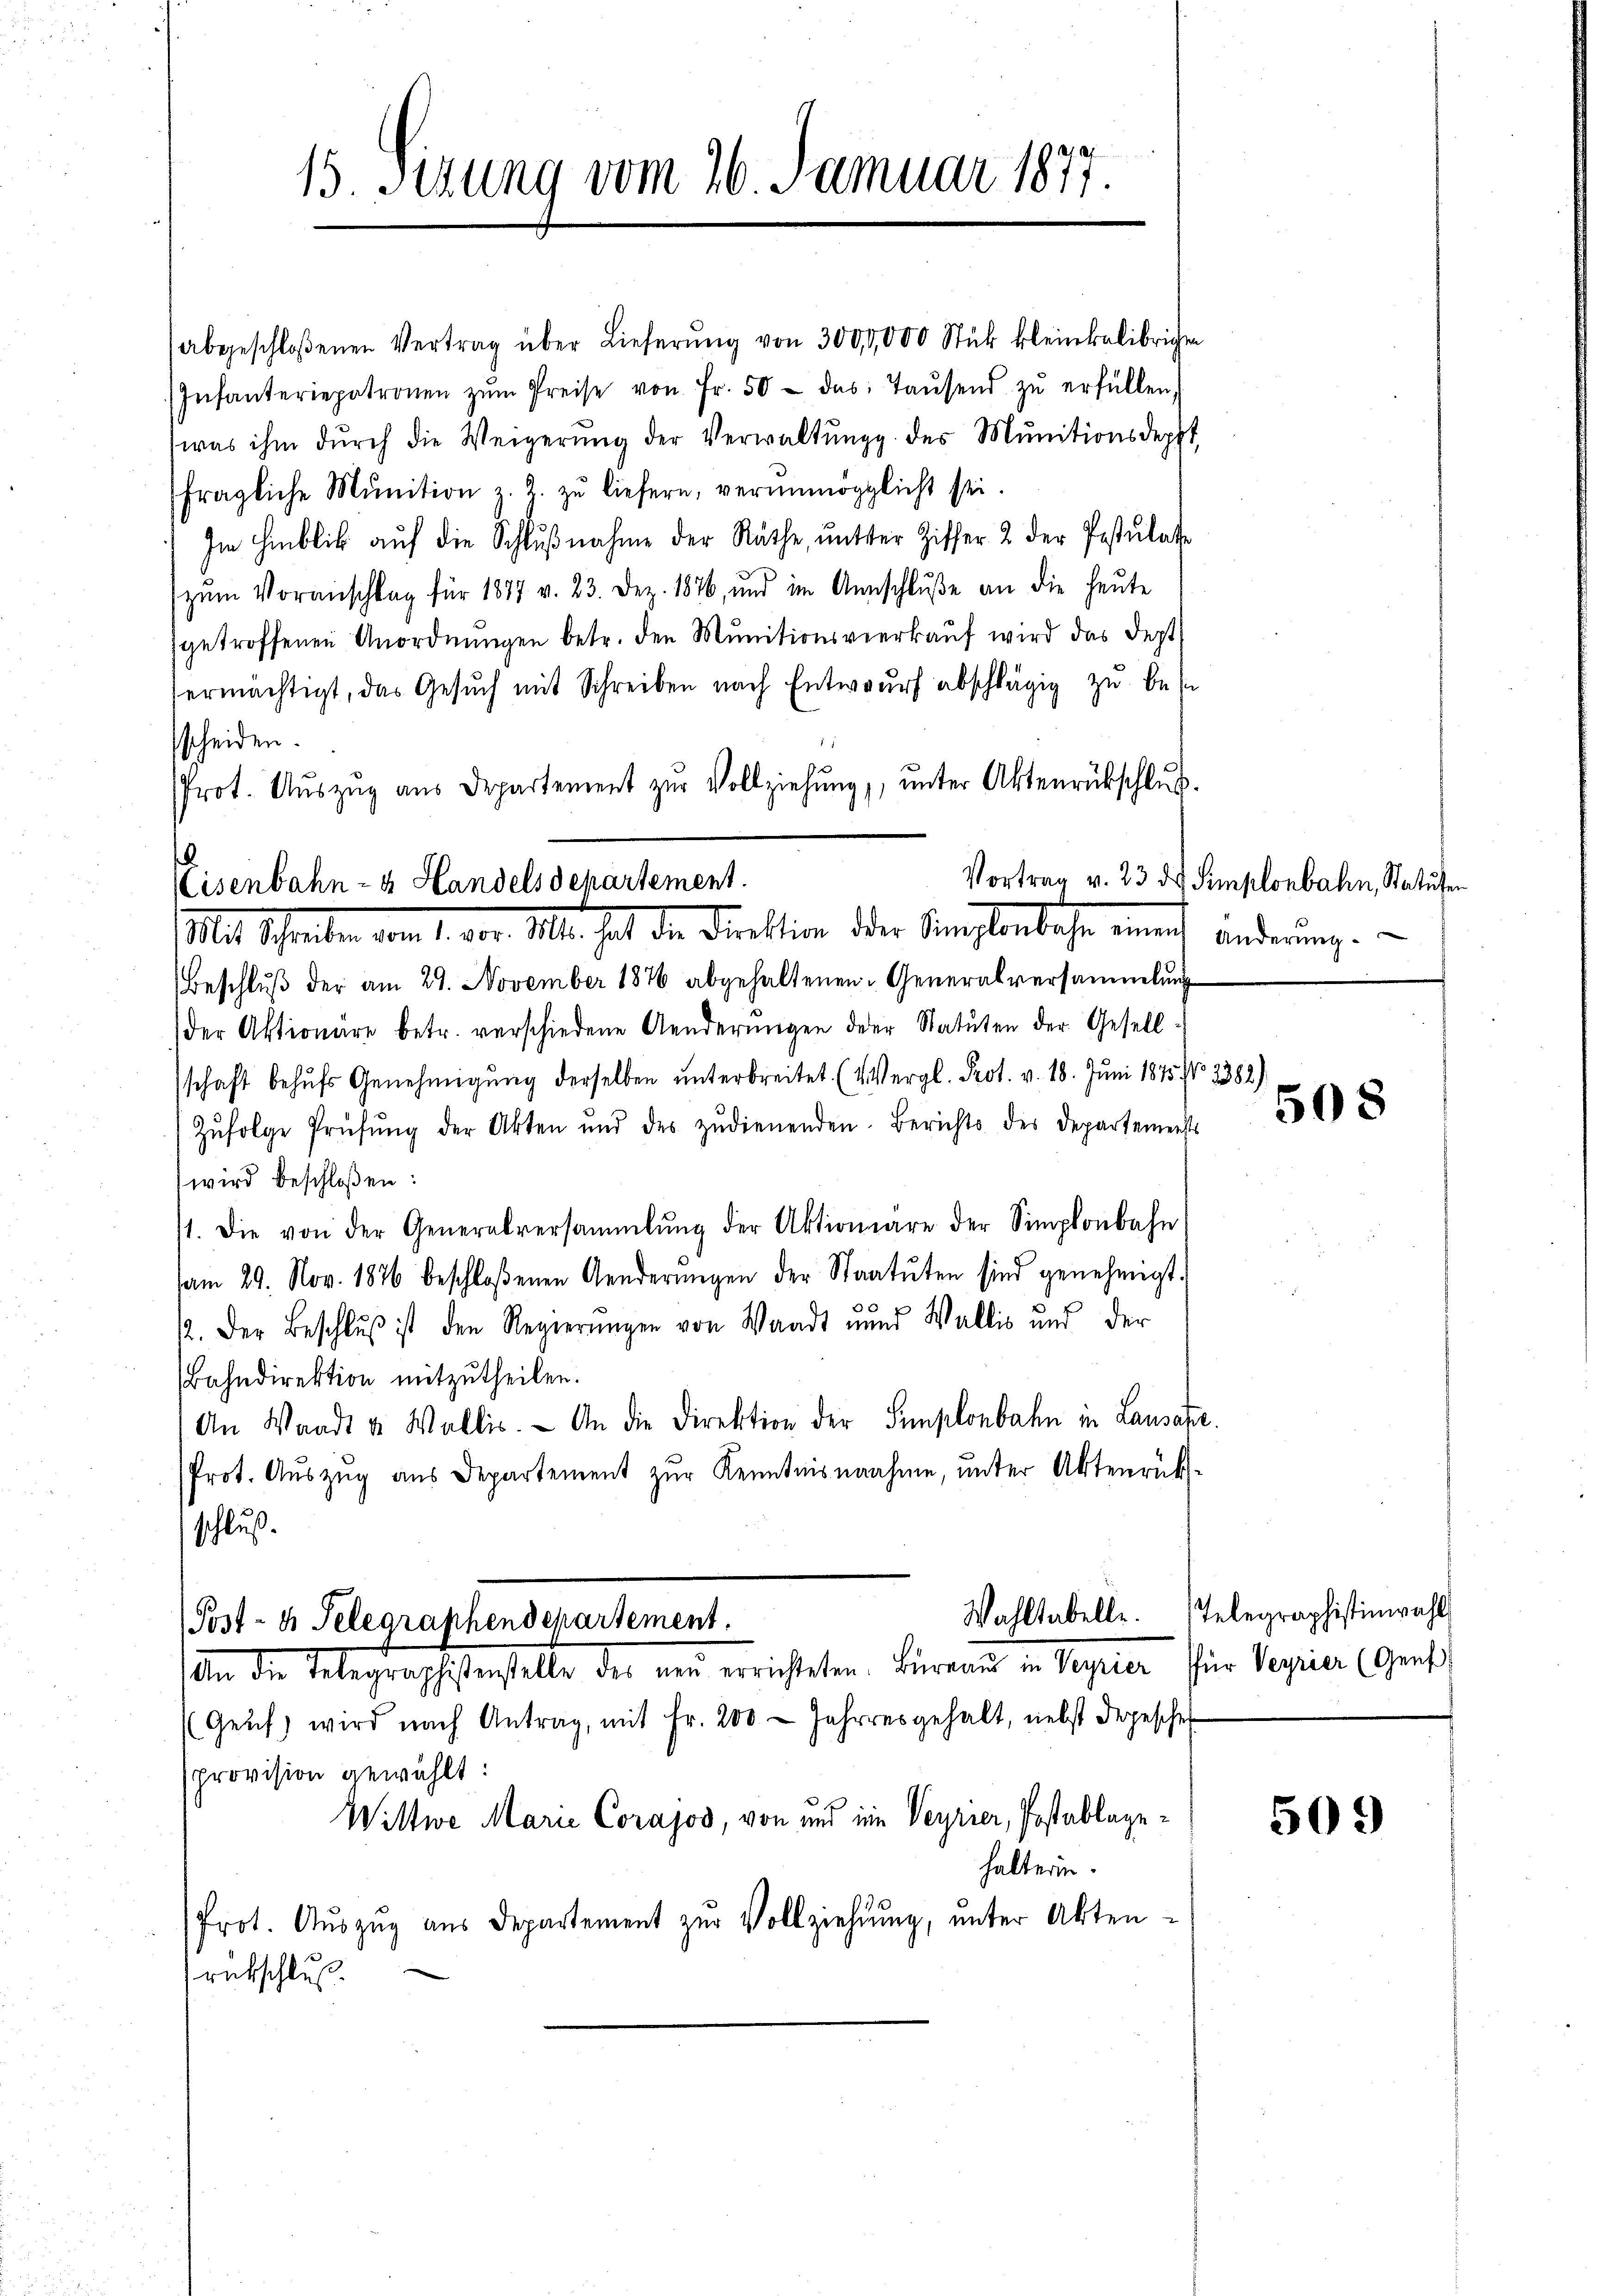
15. Sizung vom 26. Januar 1877.

Mit Schreiben vom 1. vor. Mts. hat die Direktion der Sihlenbachen eine anderung.

abgeschloßenen Vertrag über Lieferŭng von 3000,000 Stük kleinkelibrigen
Infanteriepatronen zŭm Preise von Fr. 50 das Taŭsend zŭ erfüllen,
was ihm dŭrch die Weigerŭng der Verwaltŭng des Munitionsdeppt
fragliche Munition z. Z. zŭ liefern, verunmöglicht sei.
Im Hinblik auf die Schlŭβnahme der Räthe, unter Ziffer 2 der Postulate
zŭm Voranschlag für 1877 v. 23. Dez. 1876, und im Anschluße an die heute
getroffenen Anordnŭngen betr. den Munitionsverkaŭf wird das dept
ermächtigt, das Gesuch mit Schreiben nach Entwurf abschlägig zu bes
sscheiden.
Prot. Aŭszŭg aŭs Departement zur Vollziehŭng ŭnter Aktenrückschluß
.
Vortrag v. 23 des Semplonbahn, Statuten
Eisenbahn- & Handels departement.

Beschlŭβ der am 29. November 1876 abgehaltenen Generalversammlung
der Aktionäre betr. verschiedene Aenderungen der Statuten der Gesell
schaft behŭfs Genehmigŭng derselben unterbreitet. (Vergl. Prot. v. 18. Juni 1875 No 2382)
Zŭfolge Prüfŭng der Akten und des zudienenden. Berichts des Departements
wird beschloßen:
11. Die von der Generalversammlung der Aktionare der Simplonbahn
am 29. Nov. 1876 beschloßenen Aenderungen der Staatuten sind genehmigt.
2. Der Beschlŭβ ist den Regierŭngen von Waadt und Wallis und der
Bahndirektion mitzutheilen.
An Waadt u. Wallis. An die Direktion der Semplonbahn in Lausahe
Prot. Aŭszŭg ans Departement zŭr Kenntnisnahme, ŭnter Aktenrück-
schluß.

Wahltabelle.
(Post- & Telegraphendepartement.
den die Telegraschiedenselbe der von errichteten. Hieraume in Sequer für Regier (gent

(Genf, wird nach Antrag, mit Fr. 200 - Jahresgehalt, nebst depesche
provision gewählt:
Wittwe Marie Corajos, von und im Veyrier, Postablagehalterin.
Prot. Aŭszŭg aus Departement zur Vollziehung, unter Akten-
rütschluß

508

Telegraphistinwahl

509